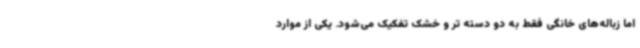
اما زباله‌های خانگی فقط به دو دسته تر و خشک تفکیک می‌شود. یکی از موارد